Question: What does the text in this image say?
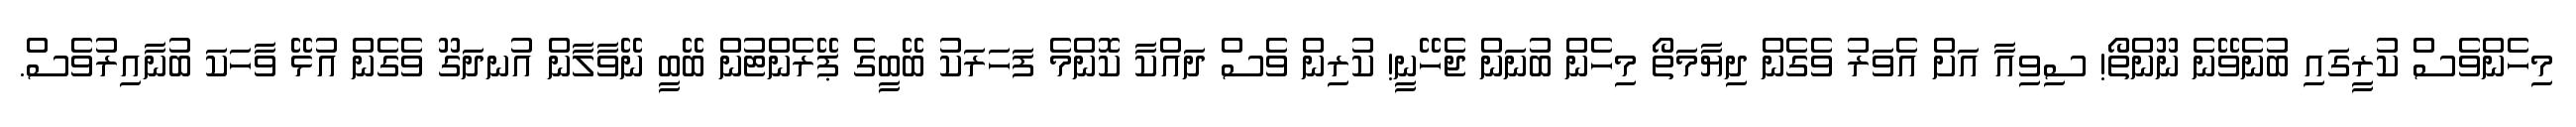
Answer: މިހެންވެސް ކުރީގައި ބުނެވޭނެ ނޫންތޯ! ސިވިއާ އަށް އެވަރު ވެގެން ދިޔާމަތޯ މިހެން ބުނަން ޖެހޭނީ! ކުރިން ވެސް ދައްކާ ކޮންމެ ފަހަރަކު ބޭބީގެ ޕޭރެންޓުން ބޭބީ ނޭވާލާން އުނދަގޫ ވެގެން އުޅޭ ވާހަކަ ބުނާއިރުވެސް.